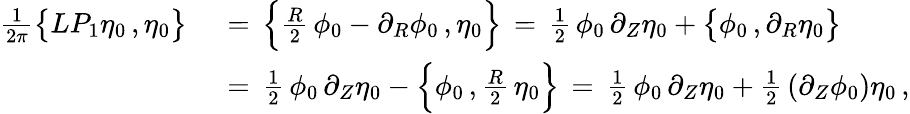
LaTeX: \begin{array}{rl}{\frac{1}{2\pi}\bigl\{ LP_{1}\eta_{0}\, ,\eta_{0}\bigr\} \, }&{{}=\, \Bigl\{ \frac{R}{2}\, \phi_{0}-\partial_{R}\phi_{0}\, ,\eta_{0}\Bigr\} \, =\, \frac{1}{2}\, \phi_{0}\, \partial_{Z}\eta_{0}+\bigl\{ \phi_{0}\, ,\partial_{R}\eta_{0}\bigr\} }\\ {\, }&{{}=\, \frac{1}{2}\, \phi_{0}\, \partial_{Z}\eta_{0}-\Bigl\{ \phi_{0}\, ,\frac{R}{2}\, \eta_{0}\Bigr\} \, =\, \frac{1}{2}\, \phi_{0}\, \partial_{Z}\eta_{0}+\frac{1}{2}\, (\partial_{Z}\phi_{0})\eta_{0}\, ,}\end{array}